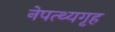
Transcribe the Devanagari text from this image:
नेपत्थ्यगृह